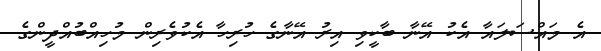
އެ މައްސަލައާ އެކު އޭނާ ބާކީވި އިރު އޭނާގެ ހުރިހާ އެކުވެރިން މުހިއްބުއްދީންގެ